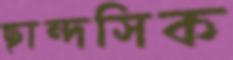
ছান্দসিক